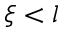
\xi < l